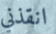
انقذني